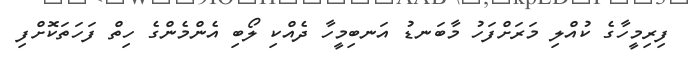
ފިރިމީހާގެ ކުއްލި މަރަށްފަހު މާބަނޑު އަނބިމީހާ ދެއްކި ލޯބި އެންމެންގެ ހިތް ފަހަތަކޮށްފި